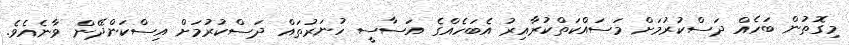
މިގޮތުން ބަހެއް ދަސްކުރުމަށް މަސައްކަތްކުރާއިރު އެބަހެއްގެ އަސާސީ ހުނަރުތައް ދަސްކުރުމަށް އިސްކަންދޭން ވާނެއެވެ.